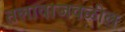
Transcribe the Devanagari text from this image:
तलावाजवळील